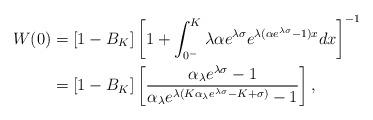
LaTeX: \begin{align*}W(0) &= [1 - B_K] \left[ 1 + \int_{0^-}^K \lambda\alpha e^{\lambda \sigma} e^{\lambda (\alpha e^{\lambda \sigma} -1 )x} dx \right]^{-1} \\ &= [1 -B_K] \left[ \dfrac{\alpha_{\lambda} e^{\lambda \sigma} - 1}{\alpha_{\lambda} e^{\lambda(K \alpha_{\lambda}e^{\lambda \sigma} - K + \sigma)} -1} \right],\end{align*}